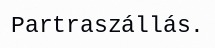
Partraszállás.